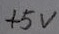
Text: +5V